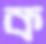
ক